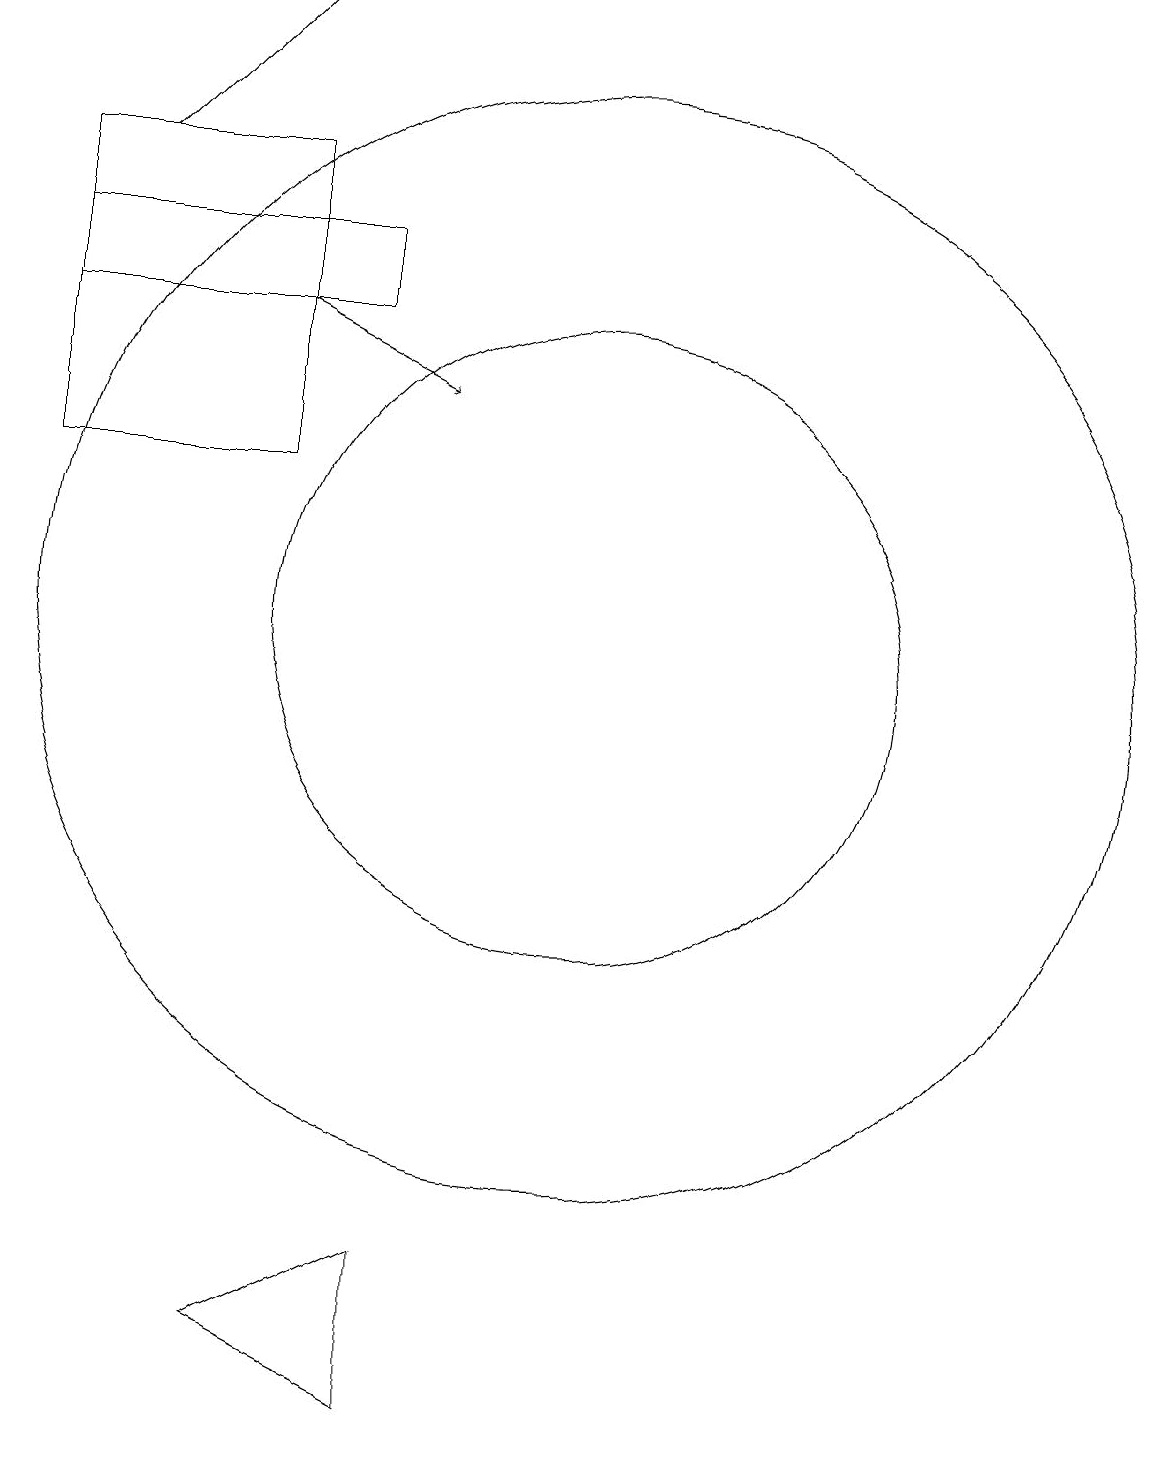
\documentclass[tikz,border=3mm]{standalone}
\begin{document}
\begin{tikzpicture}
\draw[->] (5,16) -- (7,18);
\draw (11,10) circle (4);
\draw (7,1) -- (9,0) -- (9,2) -- cycle;
\draw (4,16) rectangle (7,12);
\draw (11,10) circle (7);
\draw[->] (7,14) -- (9,13);
\draw (4,15) rectangle (8,14);
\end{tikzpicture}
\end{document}